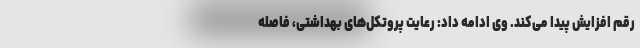
رقم افزایش پیدا می‌کند. وی ادامه داد: رعایت پروتکل‌های بهداشتی، فاصله